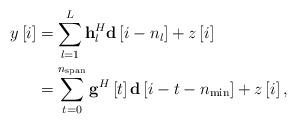
LaTeX: \begin{align*} \begin{aligned} y\left[ i \right] &= \sum\limits_{l = 1}^L {{\bf{h}}_l^H{\bf{d}}\left[ {i - {n_l}} \right]} + z\left[ i \right]\\ &= \sum\limits_{t = 0}^{{n_{{\rm{span}}}}} {{{\bf{g}}^H}\left[ t \right]{\bf{d}}\left[ {i - t - {n_{\min }}} \right]} + z\left[ i \right], \end{aligned} \end{align*}